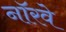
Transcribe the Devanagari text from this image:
नाॅरवे